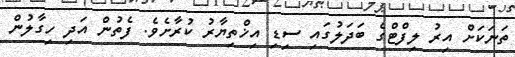
ތަނަކަށް އިރު ލިފްޓްގެ ބަދަލުގައި ސިޑި އިޚްތިޔާރު ކުރާށެވެ. ފެތުން އަދި ހިގާލުން